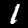
Label: 1